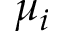
\mu _ { i }